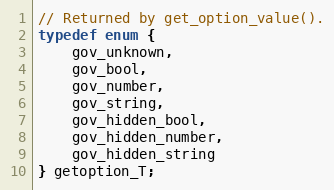
Language: C
// Returned by get_option_value().
typedef enum {
    gov_unknown,
    gov_bool,
    gov_number,
    gov_string,
    gov_hidden_bool,
    gov_hidden_number,
    gov_hidden_string
} getoption_T;